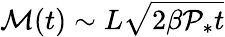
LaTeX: \mathcal{M}(t)\sim L\sqrt{2\beta\mathcal{P}_{*}t}